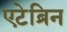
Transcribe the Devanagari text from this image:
एटेब्रिन